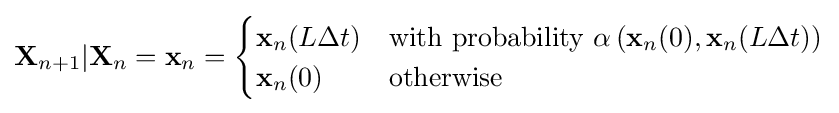
\mathbf {X} _{n+1}|\mathbf {X} _{n}=\mathbf {x} _{n}={\begin{cases}\mathbf {x} _{n}(L\Delta t)&{\text{with probability }}\alpha \left(\mathbf {x} _{n}(0),\mathbf {x} _{n}(L\Delta t)\right)\\\mathbf {x} _{n}(0)&{\text{otherwise}}\end{cases}}